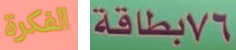
الفكرة 76بطاقة